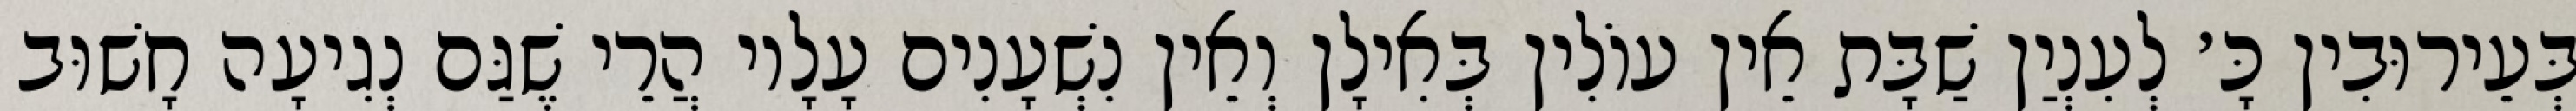
בְּעֵירוּבִין כָּ׳ לְעִנְיַן שַׁבָּת אֵין עוֹלִין בְּאִילָן וְאֵין נִשְׁעָנִים עָלָיו הֲרֵי שֶׁגַּם נְגִיעָה חָשׁוּב